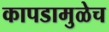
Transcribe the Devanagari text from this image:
कापडामुळेच